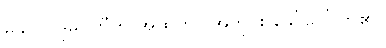
မိခင် ပဒုမဝတီကို အထက်ပါအတိုင်း ခေါ်ဝေါ်ကြ၏။